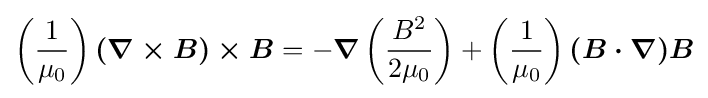
\left({\frac {1}{\mu _{0}}}\right){\boldsymbol {(\nabla \times B)\times B}}=-{\boldsymbol {\nabla }}\left({\frac {B^{2}}{2\mu _{0}}}\right)+\left({\frac {1}{\mu _{0}}}\right){\boldsymbol {(B\cdot \nabla )B}}